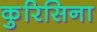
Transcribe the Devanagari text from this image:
कुरिसिना